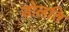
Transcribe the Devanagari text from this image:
डोलति